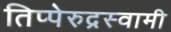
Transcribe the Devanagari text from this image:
तिप्पेरुद्रस्वामी